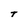
Character: T